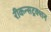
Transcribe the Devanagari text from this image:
रीकन्सट्रक्शन